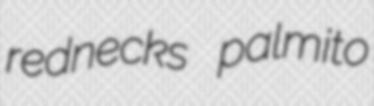
rednecks palmito